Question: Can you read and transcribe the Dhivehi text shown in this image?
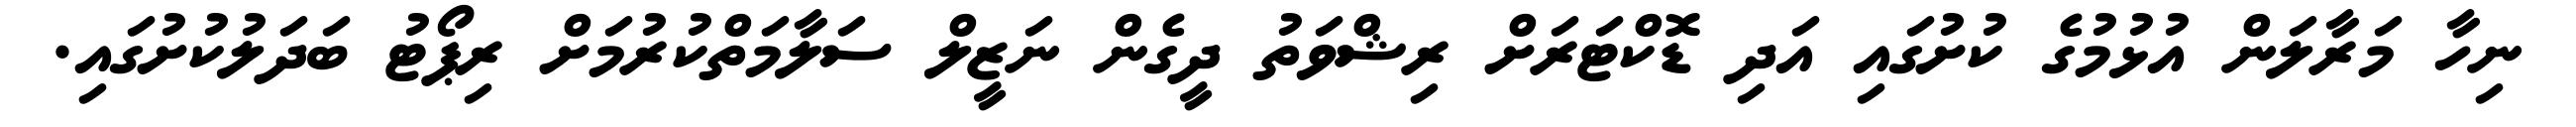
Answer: ނިހާ މަރާލަން އުޅުމުގެ ކުށުގައި އަދި ޑޮކްޓަރަށް ރިޝްވަތު ދީގެން ނަޒީލް ސަލާމަތްކުރުމަށް ރިޕޯޓު ބަދަލުކުށުގައި.